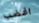
اغضب